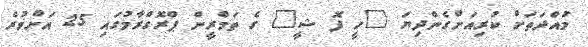
މުއްދަތަށް ކުރިއަށްގެންދިޔަ "ހީ ފޮ ޝީ" ގެ ތަމްރީން ޕްރޮގްރާމުގައި 25 އަށްވުރެ